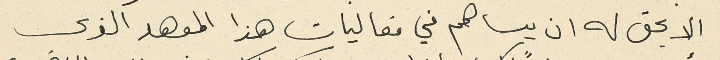
الا يحق له ان يساهم في فعاليات هذا المعهد الذى